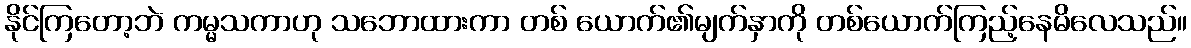
နိုင်ကြတော့ဘဲ ကမ္မသကာဟု သဘောထားကာ တစ် ယောက်၏မျက်နှာကို တစ်ယောက်ကြည့်နေမိလေသည်။